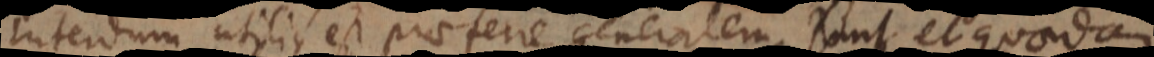
Interdum utilius est praeferre generalem. Sunt et quaedam